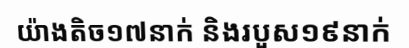
យ៉ាងតិច១៧នាក់ និងរបួស១៩នាក់